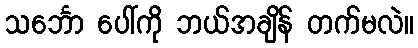
သင်္ဘော ပေါ်ကို ဘယ်အချိန် တက်မလဲ။